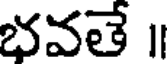
భవతే